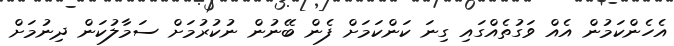
އެހެންކަމުން އެއް ވަގުތެއްގައި ގިނަ ކަންކަމަށް ފެން ބޭނުން ނުކުރުމަށް ސަމާލުކަން ދިނުމަށް